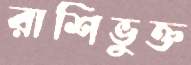
রাশিভুক্ত